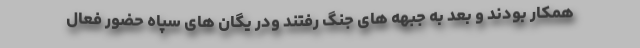
همکار بودند و بعد به جبهه های جنگ رفتند ودر یگان های سپاه حضور فعال